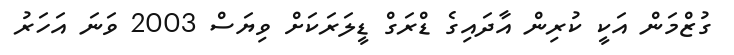
ގުޒްމަން އަކީ ކުރިން އާދައިގެ ޑްރަގް ޑީލަރަކަށް ވިޔަސް 2003 ވަނަ އަހަރު